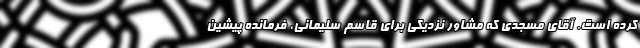
کرده است. آقای مسجدی که مشاور نزدیکی برای قاسم سلیمانی، فرمانده پیشین